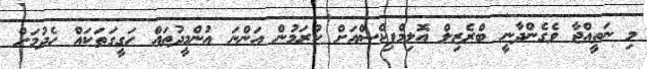
މި ނަތީއްޖާ ވެގެންދާނީ ބްރެޒިލް އޮލިމްޕިކްސްއަށް ކުރަމުން އަންނަ އުންމީދުތައް ހަގީގަތަކައް ހެދުމަށް